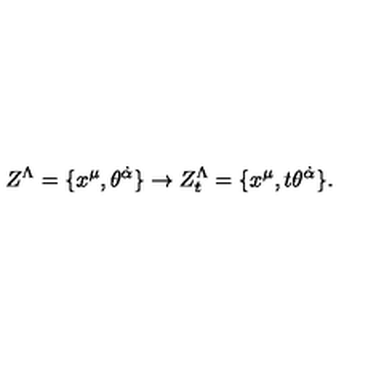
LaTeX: Z ^ { \Lambda } = \{ x ^ { \mu } , \theta ^ { \dot { \alpha } } \} \rightarrow Z _ { t } ^ { \Lambda } = \{ x ^ { \mu } , t \theta ^ { \dot { \alpha } } \} .